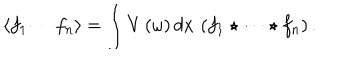
LaTeX: \langle f _ { 1 } \cdots f _ { n } \rangle = \int V \left( \omega \right) d x \, \left( f _ { 1 } \star \cdots \star f _ { n } \right) .